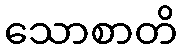
သောစာတိ